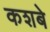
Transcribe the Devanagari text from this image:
कशबे